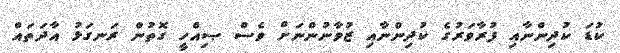
ކުޑަ ކުދިންނާއި ފުރާވަރުގެ ކުދިންނާއި ޒުވާނުންނަށް ވެސް ޞިއްހީ ގޮތުން ރަނގަޅު އާދަތައް